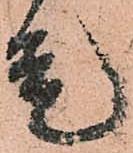
是